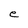
Character: e